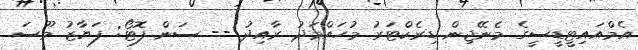
އެމްއައިޓީޑީސީގެ މެނޭޖިން ޑިރެކްޓަރު މުހައްމަދު ރާއިދު -- ސަން ފޮޓޯ: ފަޔާޒު މޫސަ